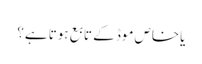
یا خاص موڈ کے تابع ہوتا ہے؟